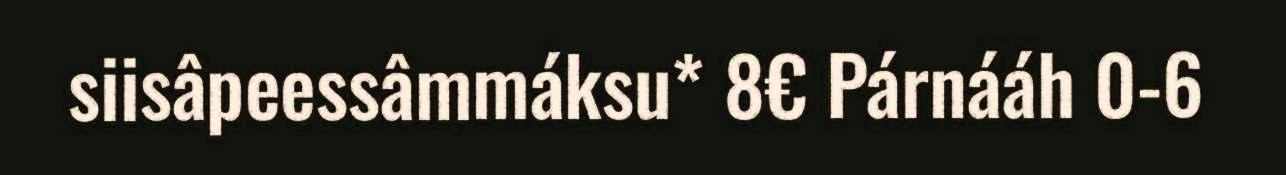
siisâpeessâmmáksu* 8€ Párnááh 0-6